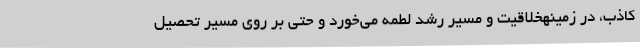
کاذب، در زمینهخلاقیت و مسیر رشد لطمه می‌خورد و حتی بر روی مسیر تحصیل